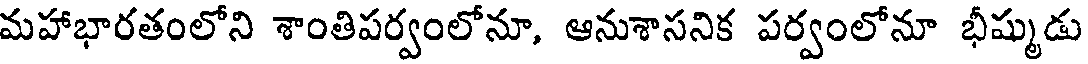
మహాభారతంలోని శాంతిపర్వంలోనూ, ఆనుశాసనిక పర్వంలోనూ భీష్ముడు